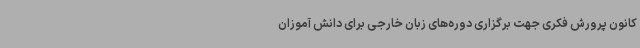
کانون پرورش فکری جهت برگزاری دوره‌های زبان خارجی برای دانش آموزان